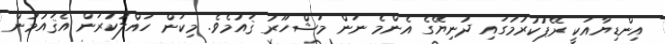
އިންޑިޔާއަކީ ރޭޕުކުރުމުގައި ދުނިޔޭގެ އެންމެ ނަން މަޝްހޫރު ޤައުމެވެ. މިކަން ހައްލުކުރަން އެޤައުމުން